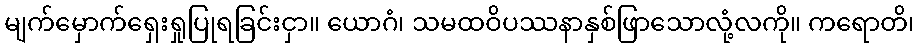
မျက်မှောက်ရှေးရှုပြုရခြင်းငှာ။ ယောဂံ၊ သမထဝိပဿနာနှစ်ဖြာသောလုံ့လကို။ ကရောတိ၊